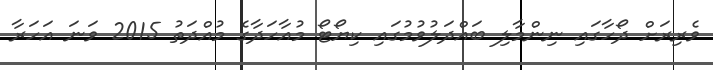
ވެރިރަށް ދޯހާގައި ނިންމާލި ބައްދަލުވުމުގައި ކިޔޯޓޯ މުއާހަދާގެ މުއްދަތު 2015 ވަނަ އަހަރާ